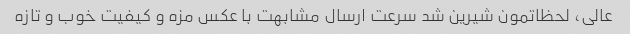
عالی، لحظاتمون شیرین شد سرعت ارسال مشابهت با عکس مزه و کیفیت خوب و تازه